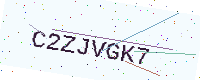
Text: C2ZJVGK7